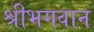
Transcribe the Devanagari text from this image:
श्रीभगवान